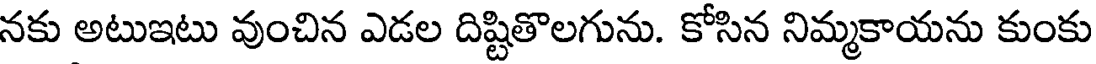
నకు అటుఇటు వుంచిన ఎడల దిష్టితొలగును. కోసిన నిమ్మకాయను కుంకు